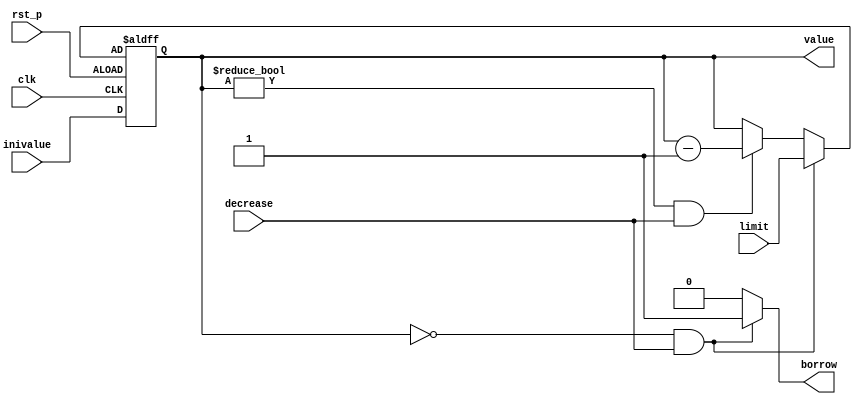
`timescale 1ns / 1ps
//////////////////////////////////////////////////////////////////////////////////
// Company: 
// Engineer: 
// 
// Design Name: 
// Module Name: downcounter
// Project Name: 
// Target Devices: 
// Tool Versions: 
// Description: 
// 
// Dependencies: 
// 
// Revision:
// Revision 0.01 - File Created
// Additional Comments:
// 
//////////////////////////////////////////////////////////////////////////////////


`define ENABLED 1
`define DISABLED 0
`define INCREMENT 1

module downcounter(
output reg [3:0]value, // counter 
output reg borrow, // borrow 
input [3:0]inivalue,     // value input at  reset
input clk, //clock
input rst_p, // reset
input decrease, // count enable
input [3:0]limit // limit for the counter
);
reg [3:0]value_tmp;

always @*
    if (value == 0 && decrease)
    begin
      value_tmp = limit;
      borrow = `ENABLED;
    end
    else if (value != 0 && decrease)
    begin
        value_tmp = value - `INCREMENT;
        borrow = `DISABLED;
    end
    else
    begin
        value_tmp = value;
        borrow = `DISABLED;
    end
    
always @(posedge clk or negedge rst_p)
    if (rst_p) 
        value <= inivalue;
    else value <= value_tmp;
endmodule